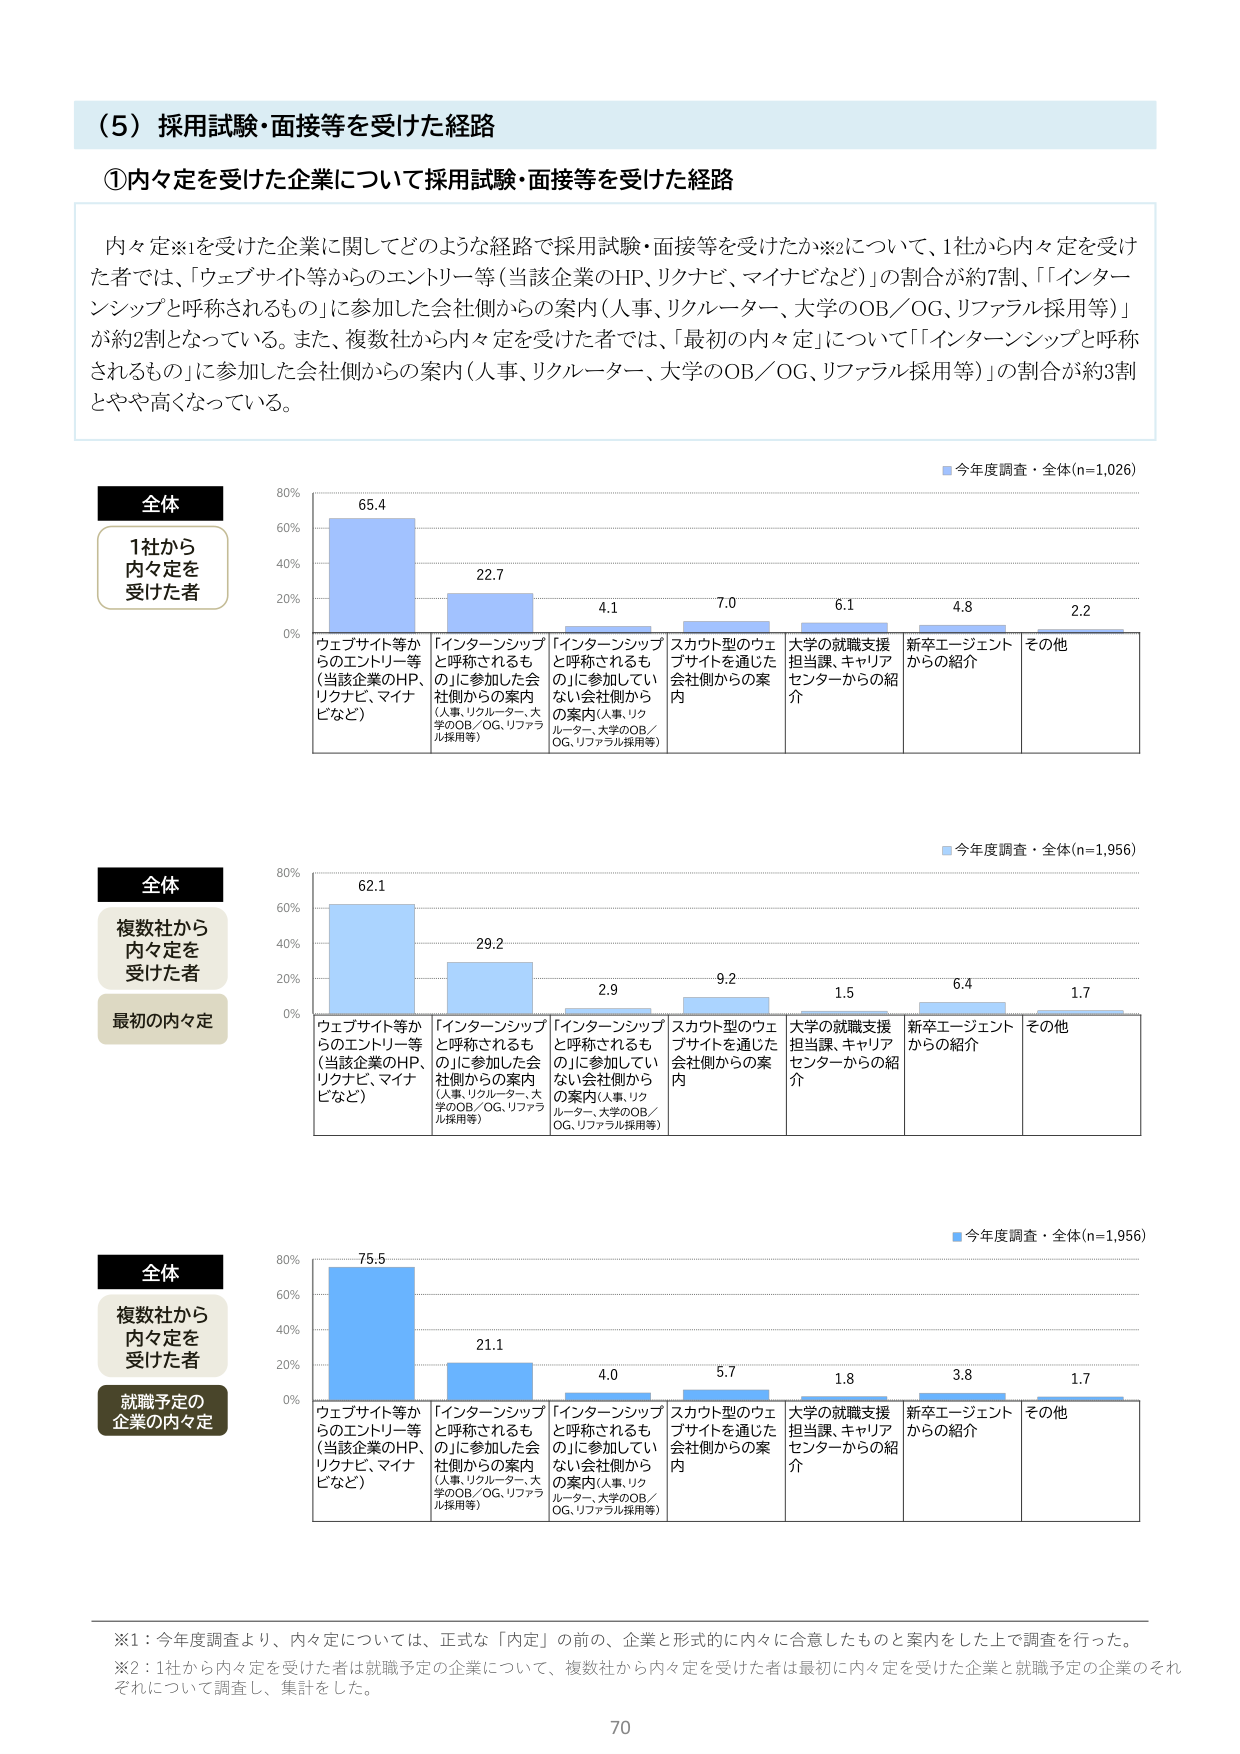
（5）採用試験・面接等を受けた経路

①内々定を受けた企業について採用試験・面接等を受けた経路

内々定※1を受けた企業に関してどのような経路で採用試験・面接等を受けたか※2について、1社から内々定を受けた者では、「ウェブサイト等からのエントリー等（当該企業のHP、リクナビ、マイナビなど）」の割合が約7割、「インターンシップと呼称されるもの」に参加した会社側からの案内（人事、リクルーター、大学のOB／OG、リファラル採用等）」が約2割となっている。また、複数社から内々定を受けた者では、「最初の内々定」について「インターンシップと呼称されるもの」に参加した会社側からの案内（人事、リクルーター、大学のOB／OG、リファラル採用等）」の割合が約3割とやや高くなっている。

■今年度調査・全体(n=1,026)

全体
1社から
内々定を
受けた者

80%
60%
40%
20%
0%

65.4
22.7
4.1
7.0
6.1
4.8
2.2

ウェブサイト等か
らのエントリー等
（当該企業のHP、
リクナビ、マイナ
ビなど）
「インターンシップ
と呼称されるも
の」に参加した会
社側からの案内
（人事、リクルーター、大
学のOB／OG、リファラ
ル採用等）
「インターンシップ
と呼称されるも
の」に参加してい
ない会社側から
の案内（人事、リク
ルーター、大学のOB／
OG、リファラル採用等）
スカウト型のウェ
ブサイトを通じた
会社側からの案
内
大学の就職支援
担当課、キャリア
センターからの紹
介
新卒エージェント
からの紹介
その他

■今年度調査・全体(n=1,956)

全体
複数社から
内々定を
受けた者
最初の内々定

80%
60%
40%
20%
0%

62.1
29.2
2.9
9.2
1.5
6.4
1.7

ウェブサイト等か
らのエントリー等
（当該企業のHP、
リクナビ、マイナ
ビなど）
「インターンシップ
と呼称されるも
の」に参加した会
社側からの案内
（人事、リクルーター、大
学のOB／OG、リファラ
ル採用等）
「インターンシップ
と呼称されるも
の」に参加してい
ない会社側から
の案内（人事、リク
ルーター、大学のOB／
OG、リファラル採用等）
スカウト型のウェ
ブサイトを通じた
会社側からの案
内
大学の就職支援
担当課、キャリア
センターからの紹
介
新卒エージェント
からの紹介
その他

■今年度調査・全体(n=1,956)

全体
複数社から
内々定を
受けた者
就職予定の
企業の内々定

80%
60%
40%
20%
0%

75.5
21.1
4.0
5.7
1.8
3.8
1.7

ウェブサイト等か
らのエントリー等
（当該企業のHP、
リクナビ、マイナ
ビなど）
「インターンシップ
と呼称されるも
の」に参加した会
社側からの案内
（人事、リクルーター、大
学のOB／OG、リファラ
ル採用等）
「インターンシップ
と呼称されるも
の」に参加してい
ない会社側から
の案内（人事、リク
ルーター、大学のOB／
OG、リファラル採用等）
スカウト型のウェ
ブサイトを通じた
会社側からの案
内
大学の就職支援
担当課、キャリア
センターからの紹
介
新卒エージェント
からの紹介
その他

※1：今年度調査より、内々定については、正式な「内定」の前の、企業と形式的に内々に合意したものと案内をした上で調査を行った。
※2：1社から内々定を受けた者は就職予定の企業について、複数社から内々定を受けた者は最初に内々定を受けた企業と就職予定の企業のそれぞれについて調査し、集計をした。

70